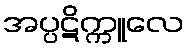
အပ္ပဋိက္ကူလေ